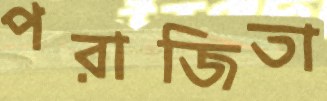
পরাজিতা